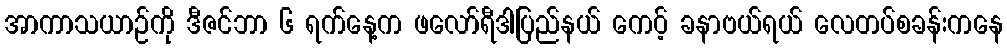
အာကာသယာဉ်ကို ဒီဇင်ဘာ ၆ ရက်နေ့က ဖလော်ရီဒါပြည်နယ် ကေပ့် ခနာဗယ်ရယ် လေတပ်စခန်းကနေ